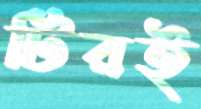
টিরই